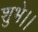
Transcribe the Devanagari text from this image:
शुभे।।